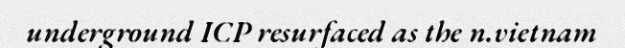
underground ICP resurfaced as the n.vietnam